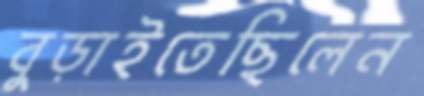
বুড়াইতেছিলেন